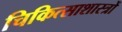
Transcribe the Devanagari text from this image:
चिकित्साशास्त्रों